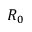
R _ { 0 }